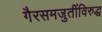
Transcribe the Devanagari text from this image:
गैरसमजुतींविरुद्ध